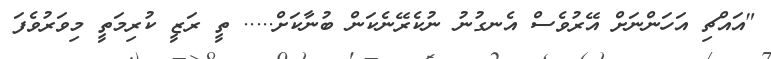
"އައްޗި އަހަންނަށް އޭރުވެސް އެނގުނު ނުކެރޭނެކަން ބުނާކަށް..... ތީ ރަޒީ ކުރިމަތީ މިވަރުވެފަ